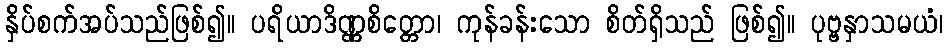
နှိပ်စက်အပ်သည်ဖြစ်၍။ ပရိယာဒိဏ္ဏစိတ္တော၊ ကုန်ခန်းသော စိတ်ရှိသည် ဖြစ်၍။ ပုဗ္ဗနှာသမယံ၊